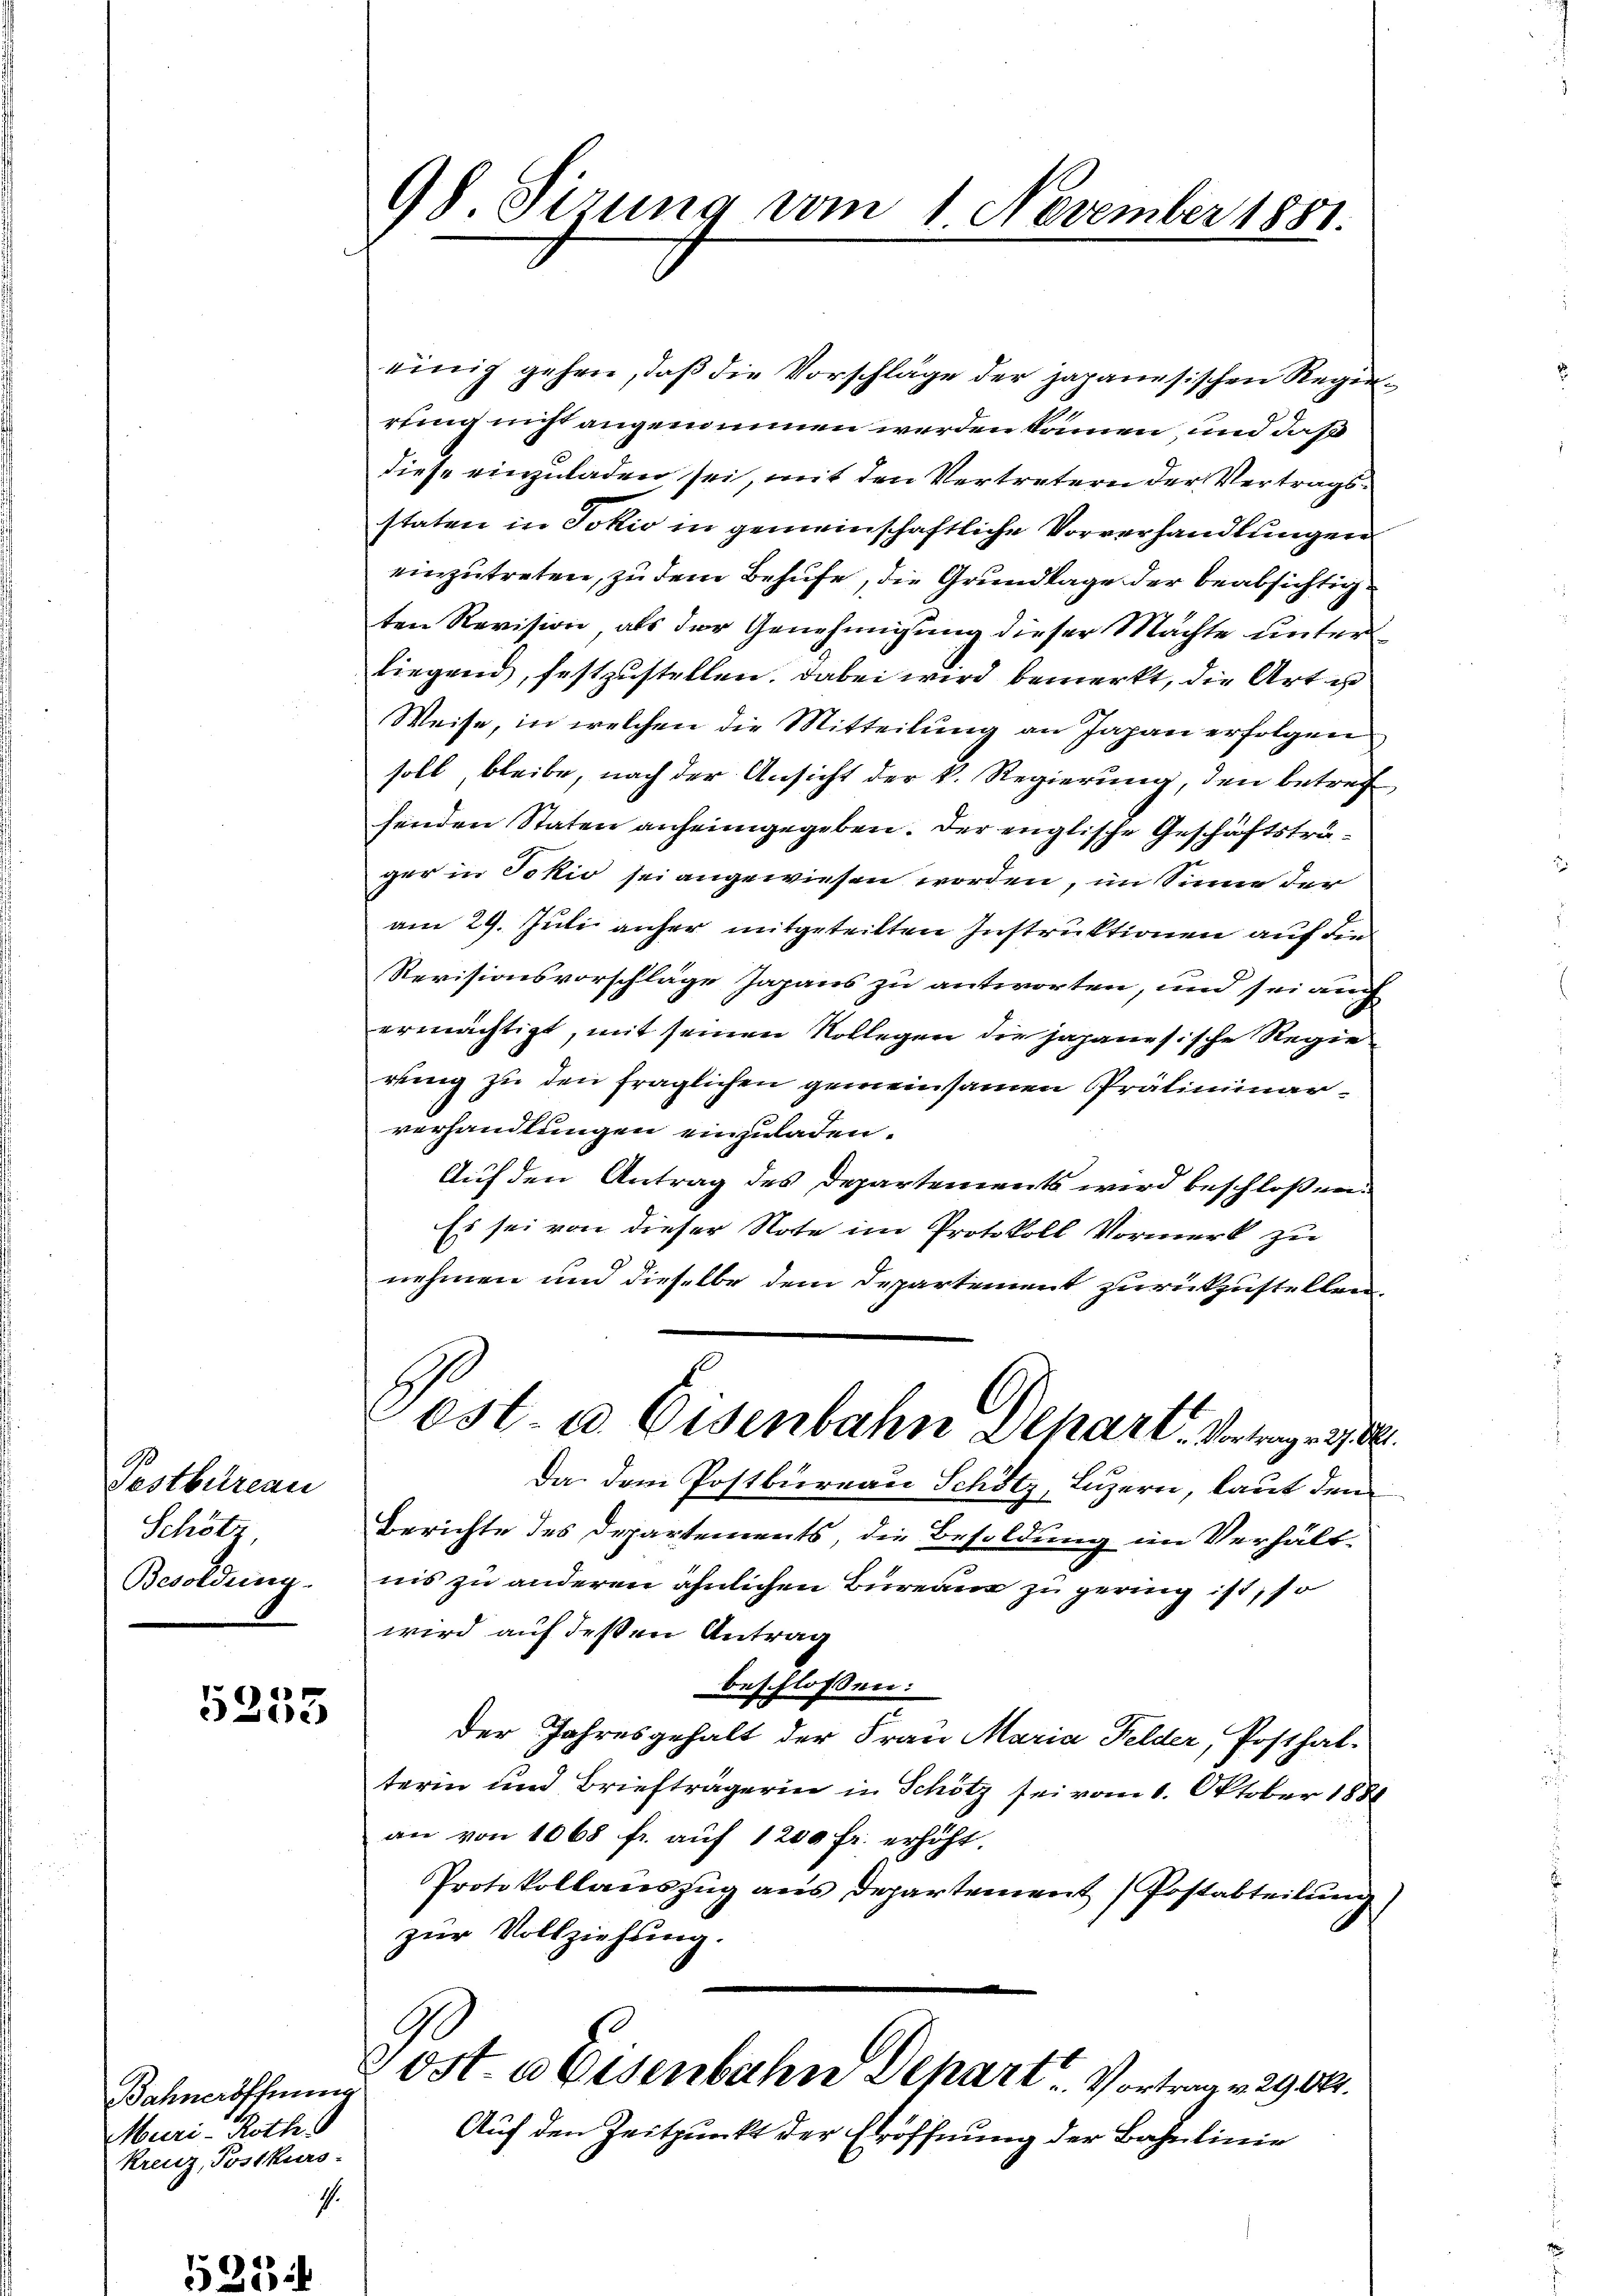
Pestbetreau
Schötz
Besoldung.

5353

Bahneröffnung
Muri-Roth
kreuz, Postkurs-
I.

98 Sizung vom 1. November 1881.

einig gehen, daß die Vorschläge der japanesischen Regierung nicht angenommen werden können, und daß
diese einzuladen sei, mit den Vertretern der Vertragsstaten in Jokio in gemeinschaftliche Vorverhandlungen
einzutreten, zu dem Behufe, die Grundlage der beabsichtigten Revision als der Genehmigung dieser Machte unterliegend, festzustellen. Dabei wird bemerkt, die Art ist
Weise, in welchen die Mitteilung an Japan erfolgen
soll, bleibe, nach der Ansicht der k. Regierung, den betref
senden Staten anheimgegeben. Der englische Geschäftsträger in Jokio sei angewiesen worden, im Sinne der
am 29. Juli anher mitgeteilten Instruktionen auf den
Revisionsvorschläge Japans zu antworten, und sei auch
ermächtigt, mit seinen Vollegen die japanesische Regie
rung zu den fraglichen gemeinsamen Präliminarverhandlungen einzuladen.
Auf den Antrag des Departements wird beschloßen
Es sei von dieser Note im Protokoll Vormerk zu
nehmen und dieselbe dem Departement zurückzustellen.
ost- u. Eisenbahn Depart. Vertrag. 1784.
Da dem Postbureau Schötz, Luzern, laut den
Berichte des Departements, die Besoldung im Verhältnis zu anderen ähnlichen Bureau zu gering ist, so
wird auf deßen Antrag
beschlossen:
der Jahresgehalt der Frau Maria Felder, Posthalterm und Briefträgerin in Schötz sei vom 1. Oktober 1888
an von 1068 fr. auf 1200 fr. erhöht.
Protokollauszug aus departement (Postabteilung
zur Vollziehung.
s
Post. a Eisenbahn Depart. Vortrag v. 29000.
Auf den Zeitpunkt der Eröffnung der Bahnlinie